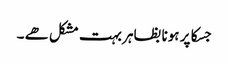
جسکا پر ہونا بظاہر بہت مشکل ھے ۔